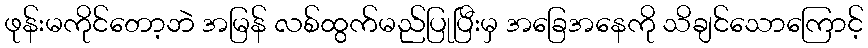
ဖုန်းမကိုင်တော့ဘဲ အမြန် လစ်ထွက်မည်ပြုပြီးမှ အခြေအနေကို သိချင်သောကြောင့်